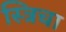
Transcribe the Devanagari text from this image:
स्त्रिचा